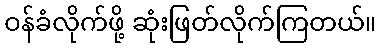
ဝန်ခံလိုက်ဖို့ ဆုံးဖြတ်လိုက်ကြတယ်။